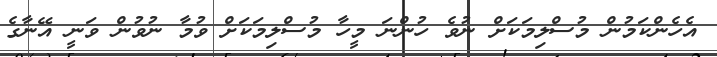
އެހެންކަމުން މުސްލިމަކަށް ނުވެ ހުންނަ މީހާ މުސްލިމަކަށް ވުމާ ނުވުން ވަނީ އޭނާގެ